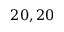
2 0 , 2 0